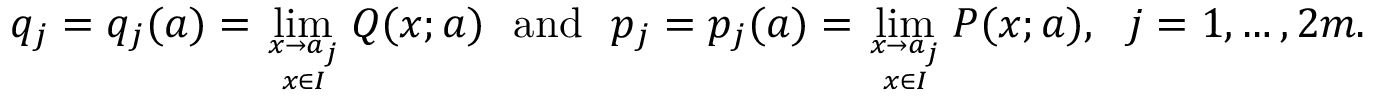
q _ { j } = q _ { j } ( a ) = \operatorname * { l i m } _ { x \rightarrow a _ { j } \atop x \in I } Q ( x ; a ) \ \ \mathrm { a n d } \ \ p _ { j } = p _ { j } ( a ) = \operatorname * { l i m } _ { x \rightarrow a _ { j } \atop x \in I } P ( x ; a ) , \ \ j = 1 , \ldots , 2 m .